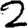
Digit: 2